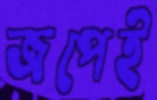
জপেই